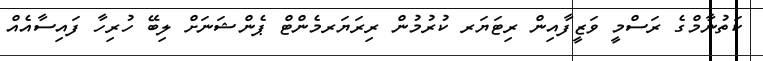
ކަތުނާމްގެ ރަސްމީ ވަޒީފާއިން ރިޓަޔަރ ކުރުމުން ރިރަޔަރމެންޓް ޕެންޝަނަށް ލިބޭ ހުރިހާ ފައިސާއެއް